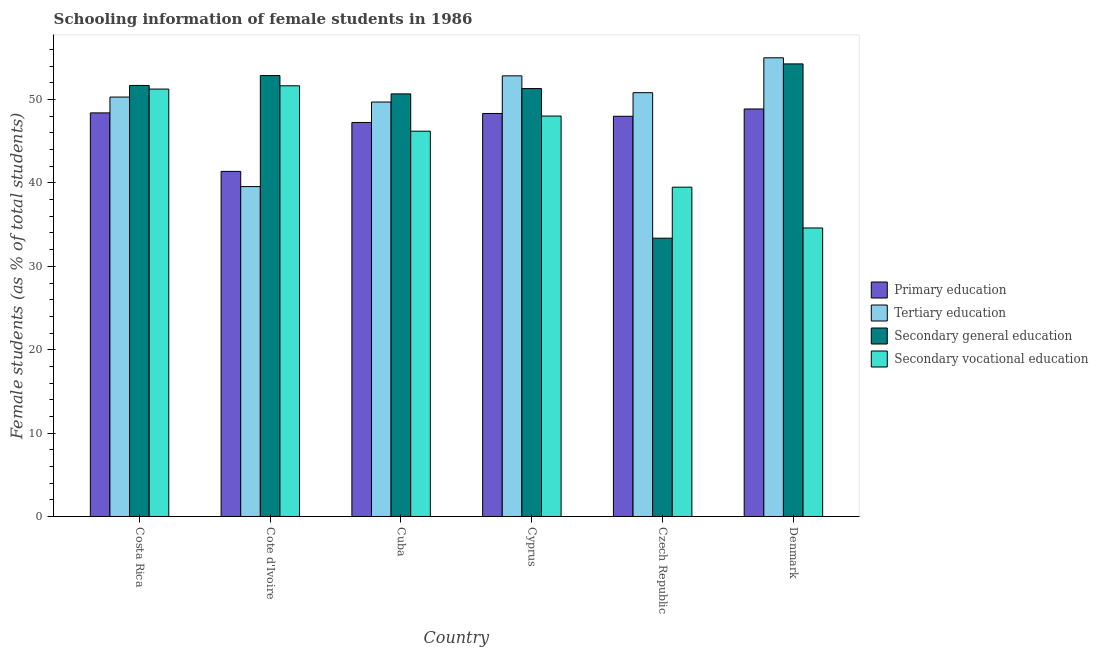
| Country | Primary education | Tertiary education | Secondary general education | Secondary vocational education |
 | --- | --- | --- | --- | --- |
 | Costa Rica | 48.4 | 50.3 | 51.7 | 51.3 |
 | Cote d'Ivoire | 41.4 | 39.6 | 52.9 | 51.7 |
 | Cuba | 47.3 | 49.7 | 50.7 | 46.2 |
 | Cyprus | 48.3 | 52.9 | 51.3 | 48 |
 | Czech Republic | 48 | 50.8 | 33.4 | 39.5 |
 | Denmark | 48.9 | 55 | 54.3 | 34.6 |